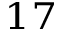
^ { 1 7 }